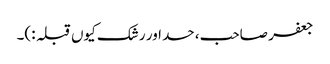
جعفر صاحب، حسد اور رشک کیوں قبلہ :)۔